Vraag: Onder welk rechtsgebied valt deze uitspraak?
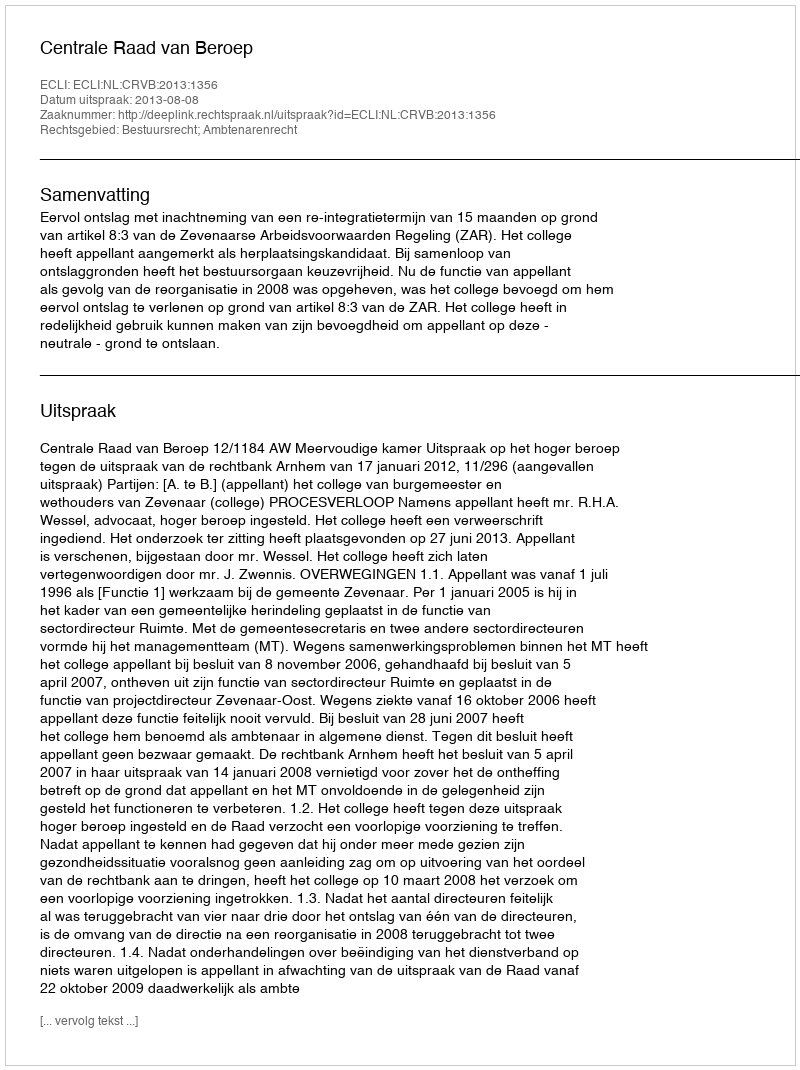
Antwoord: Bestuursrecht; Ambtenarenrecht